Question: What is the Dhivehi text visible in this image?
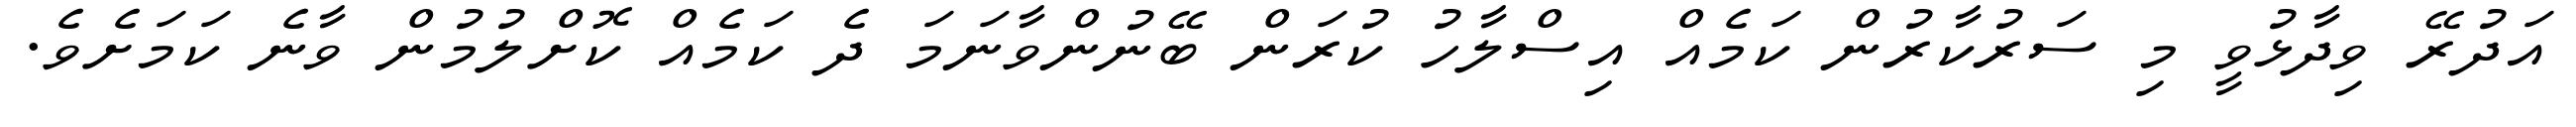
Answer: އަދުރޭ ވިދާޅުވީ މި ސަރުކާރުން ކަމެއް އިސްލާހު ކުރަން ބޭނުންވާނަމަ ދެ ކަމެއް ކޮށްލުމުން ވާނެ ކަމަށެވެ.